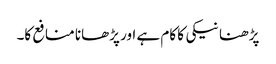
پڑھنا نیکی کا کام ہے اور پڑھانا منافع کا۔